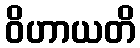
ဝိဟာယတိ